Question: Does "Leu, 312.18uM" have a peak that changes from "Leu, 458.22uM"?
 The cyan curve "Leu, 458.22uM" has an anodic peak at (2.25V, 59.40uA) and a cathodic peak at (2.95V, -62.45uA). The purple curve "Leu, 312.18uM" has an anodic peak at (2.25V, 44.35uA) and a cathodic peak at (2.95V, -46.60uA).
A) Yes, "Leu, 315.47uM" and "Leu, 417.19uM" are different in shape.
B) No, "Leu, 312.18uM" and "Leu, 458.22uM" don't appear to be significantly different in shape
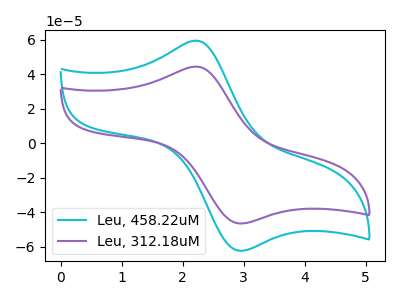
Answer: <think>All the peaks in "Leu, 312.18uM" have a peak in "Leu, 458.22uM" at the same potential. Every peak in "Leu, 312.18uM" is lower than every peak in "Leu, 458.22uM".
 </think>
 <answer>B) No, "Leu, 312.18uM" and "Leu, 458.22uM" don't appear to be significantly different in shape</answer>
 <eval>B</eval>